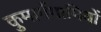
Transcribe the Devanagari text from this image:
कुमार्गगामियों